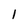
Character: 1